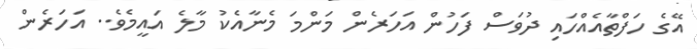
އޭގެ ހަފްތާއެއްހައި ދުވަސް ފަހުން އަހަރެން މަންމަ މެނާއެކު މާލެ އައީމެވެ.. އަހަރެން